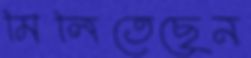
মিলিতেছেন